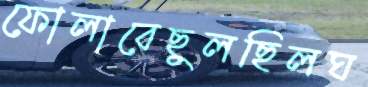
ফোলাবেছুলছিলঘ